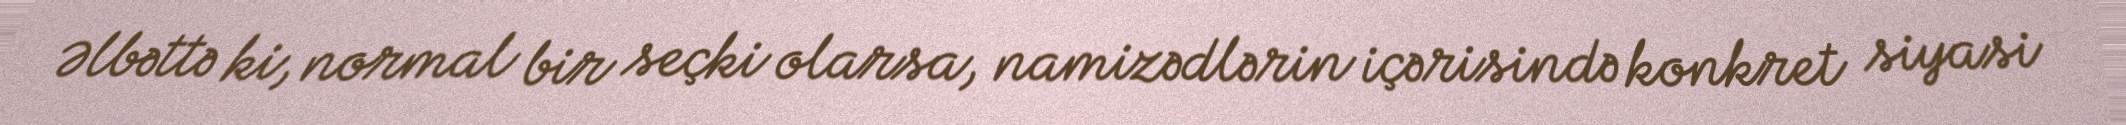
Əlbəttə ki, normal bir seçki olarsa, namizədlərin içərisində konkret siyasi